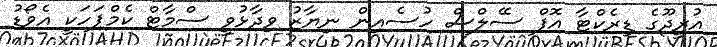
އުރީދޫގެ ޑިރެކްޓާ އޮފް ސޭލްސް ހުސެއިން ނިޔާޒު ވިދާޅުވީ ސްމާޓް ކެމްޕަހަކީ އެވޯޑު